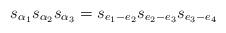
LaTeX: \begin{align*} s_{\alpha_1}s_{\alpha_2}s_{\alpha_3} = s_{e_1-e_2}s_{e_2-e_3}s_{e_3-e_4}\end{align*}